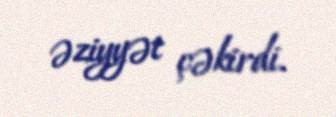
əziyyət çəkirdi.